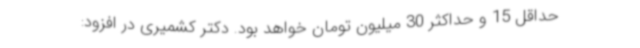
حداقل 15 و حداکثر 30 میلیون تومان خواهد بود. دکتر کشمیری در افزود: